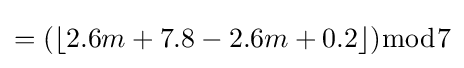
=(\lfloor 2.6m+7.8-2.6m+0.2\rfloor ){\bmod {7}}